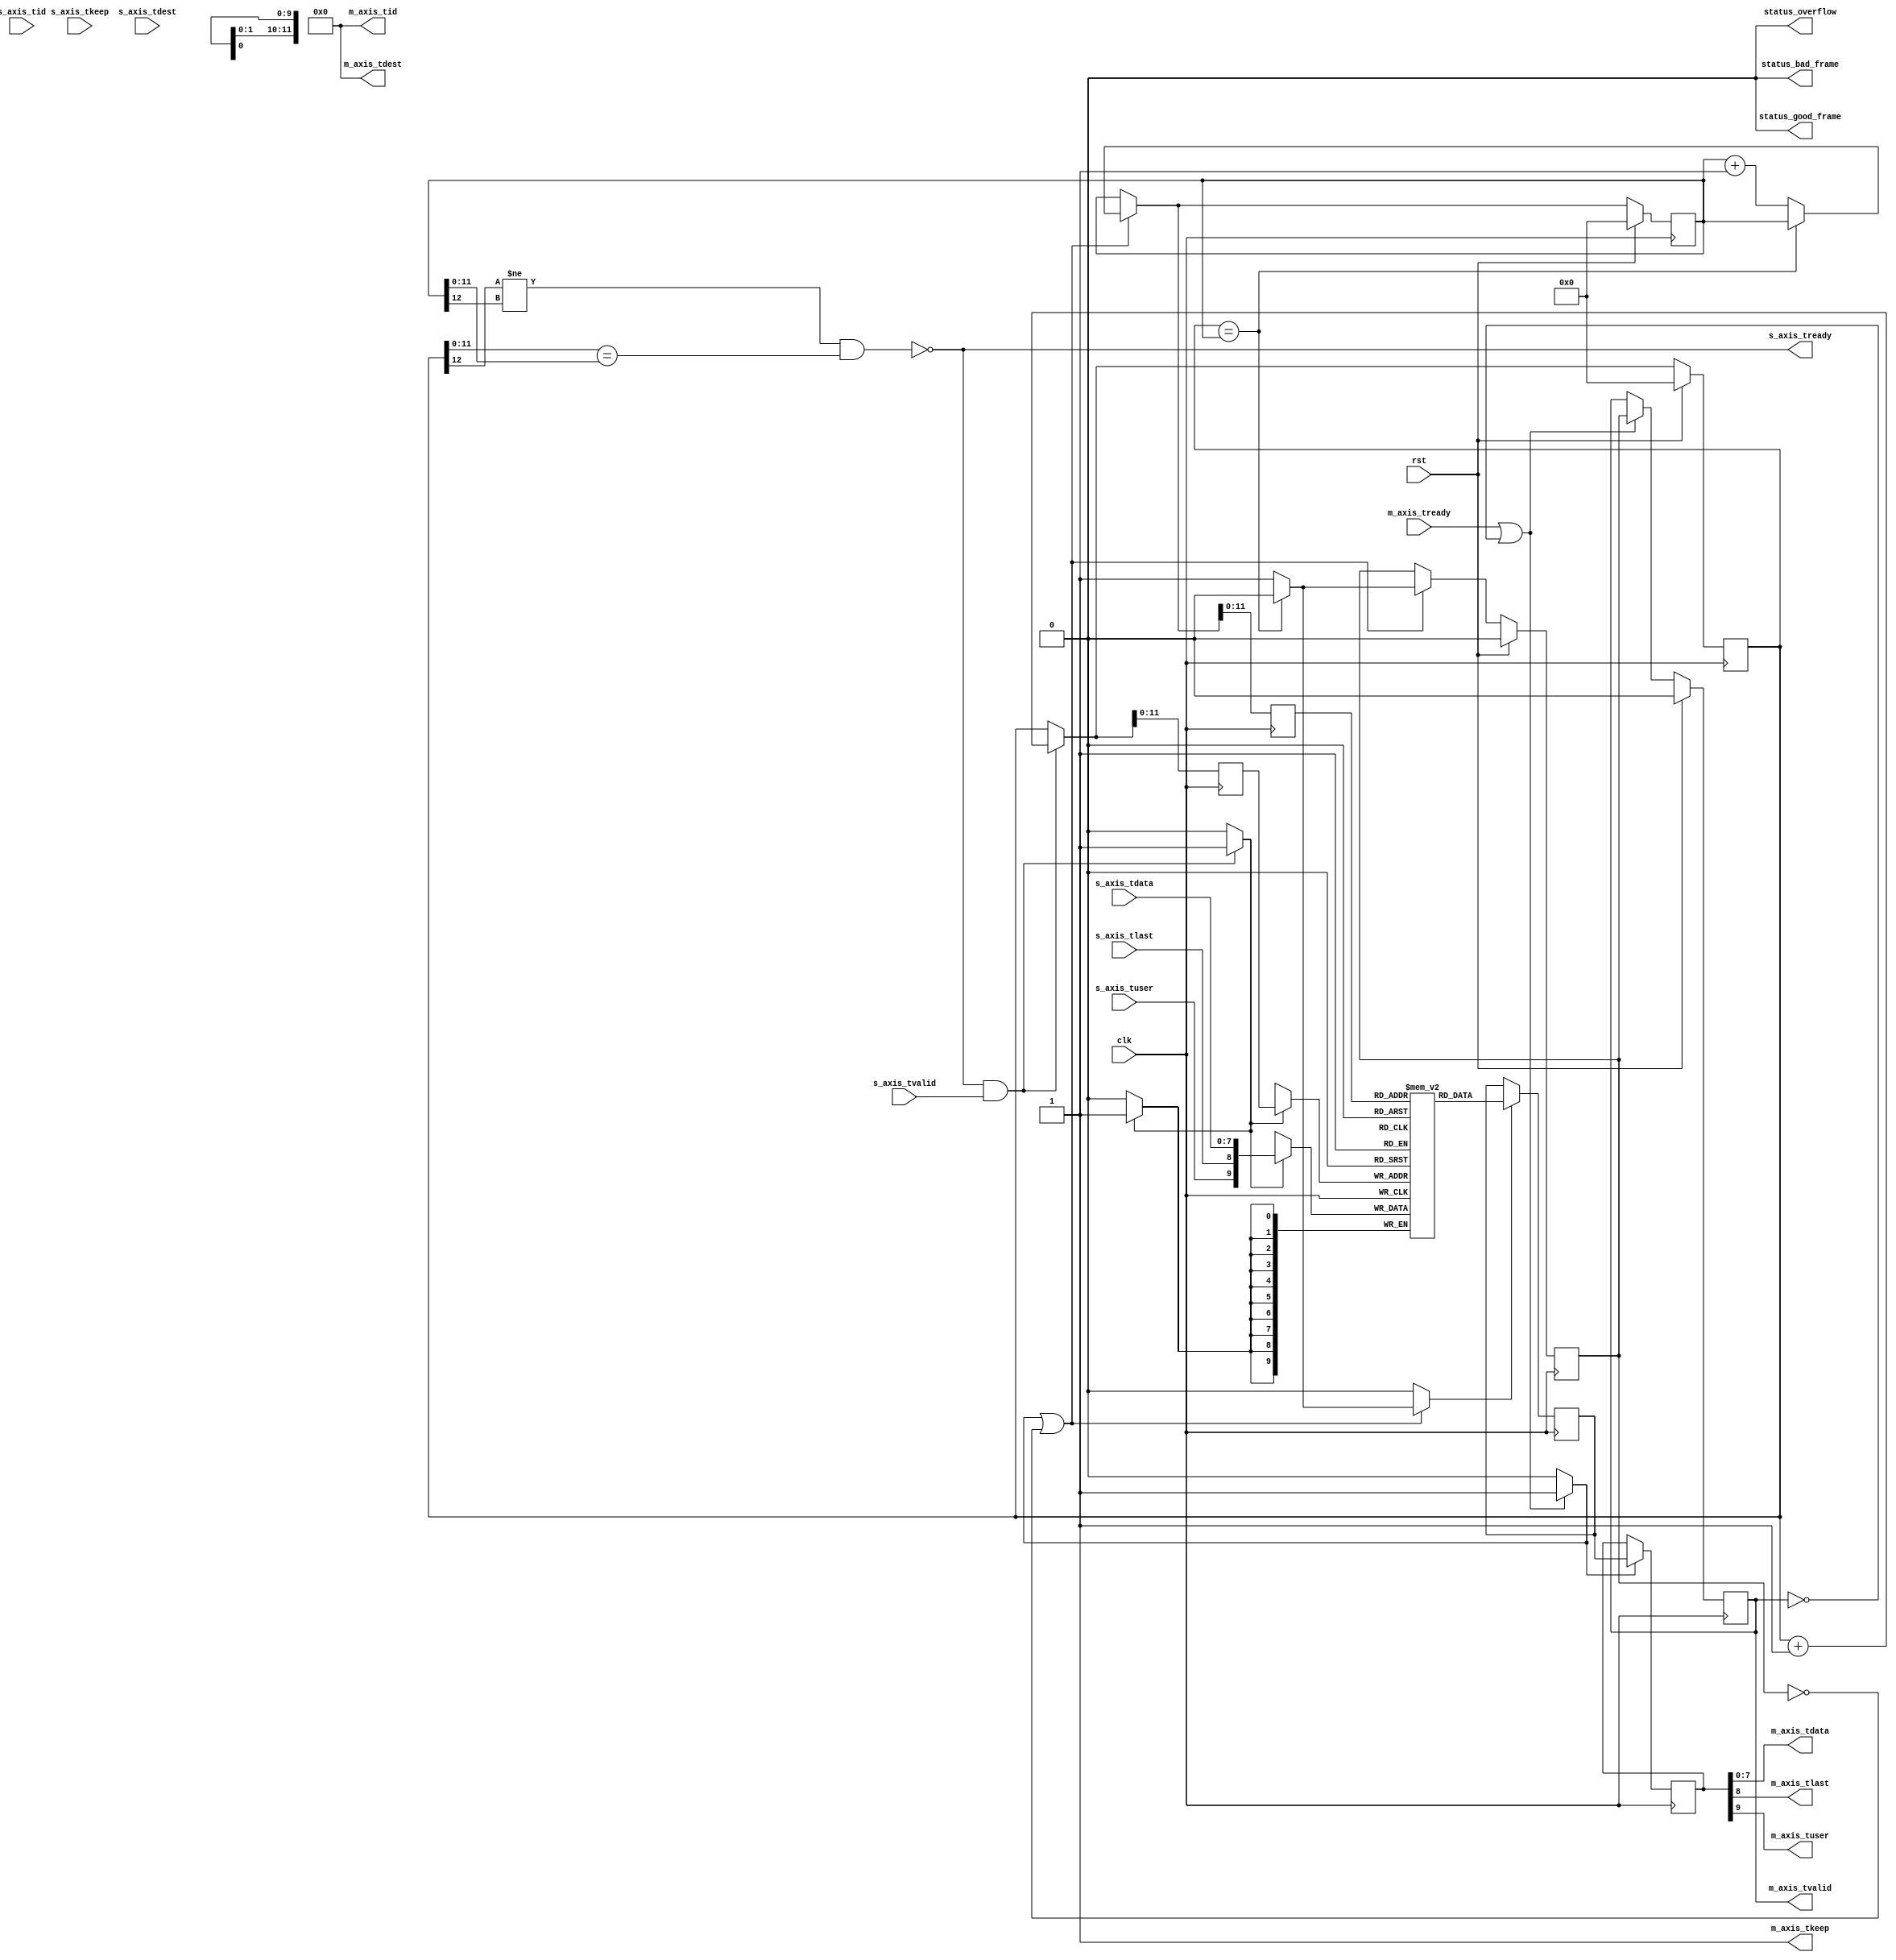
/*

Copyright (c) 2013-2018 Alex Forencich

Permission is hereby granted, free of charge, to any person obtaining a copy
of this software and associated documentation files (the "Software"), to deal
in the Software without restriction, including without limitation the rights
to use, copy, modify, merge, publish, distribute, sublicense, and/or sell
copies of the Software, and to permit persons to whom the Software is
furnished to do so, subject to the following conditions:

The above copyright notice and this permission notice shall be included in
all copies or substantial portions of the Software.

THE SOFTWARE IS PROVIDED "AS IS", WITHOUT WARRANTY OF ANY KIND, EXPRESS OR
IMPLIED, INCLUDING BUT NOT LIMITED TO THE WARRANTIES OF MERCHANTABILITY
FITNESS FOR A PARTICULAR PURPOSE AND NONINFRINGEMENT. IN NO EVENT SHALL THE
AUTHORS OR COPYRIGHT HOLDERS BE LIABLE FOR ANY CLAIM, DAMAGES OR OTHER
LIABILITY, WHETHER IN AN ACTION OF CONTRACT, TORT OR OTHERWISE, ARISING FROM,
OUT OF OR IN CONNECTION WITH THE SOFTWARE OR THE USE OR OTHER DEALINGS IN
THE SOFTWARE.

*/

// Language: Verilog 2001

`timescale 1ns / 1ps

/*
 * AXI4-Stream FIFO
 */
module axis_fifo #
(
    // FIFO depth in words
    // KEEP_WIDTH words per cycle if KEEP_ENABLE set
    // Rounded up to nearest power of 2 cycles
    parameter DEPTH = 4096,
    // Width of AXI stream interfaces in bits
    parameter DATA_WIDTH = 8,
    // Propagate tkeep signal
    // If disabled, tkeep assumed to be 1'b1
    parameter KEEP_ENABLE = (DATA_WIDTH>8),
    // tkeep signal width (words per cycle)
    parameter KEEP_WIDTH = (DATA_WIDTH/8),
    // Propagate tlast signal
    parameter LAST_ENABLE = 1,
    // Propagate tid signal
    parameter ID_ENABLE = 0,
    // tid signal width
    parameter ID_WIDTH = 8,
    // Propagate tdest signal
    parameter DEST_ENABLE = 0,
    // tdest signal width
    parameter DEST_WIDTH = 8,
    // Propagate tuser signal
    parameter USER_ENABLE = 1,
    // tuser signal width
    parameter USER_WIDTH = 1,
    // Frame FIFO mode - operate on frames instead of cycles
    // When set, m_axis_tvalid will not be deasserted within a frame
    // Requires LAST_ENABLE set
    parameter FRAME_FIFO = 0,
    // tuser value for bad frame marker
    parameter USER_BAD_FRAME_VALUE = 1'b1,
    // tuser mask for bad frame marker
    parameter USER_BAD_FRAME_MASK = 1'b1,
    // Drop frames marked bad
    // Requires FRAME_FIFO set
    parameter DROP_BAD_FRAME = 0,
    // Drop incoming frames when full
    // When set, s_axis_tready is always asserted
    // Requires FRAME_FIFO set
    parameter DROP_WHEN_FULL = 0
)
(
    input  wire                   clk,
    input  wire                   rst,

    /*
     * AXI input
     */
    input  wire [DATA_WIDTH-1:0]  s_axis_tdata,
    input  wire [KEEP_WIDTH-1:0]  s_axis_tkeep,
    input  wire                   s_axis_tvalid,
    output wire                   s_axis_tready,
    input  wire                   s_axis_tlast,
    input  wire [ID_WIDTH-1:0]    s_axis_tid,
    input  wire [DEST_WIDTH-1:0]  s_axis_tdest,
    input  wire [USER_WIDTH-1:0]  s_axis_tuser,

    /*
     * AXI output
     */
    output wire [DATA_WIDTH-1:0]  m_axis_tdata,
    output wire [KEEP_WIDTH-1:0]  m_axis_tkeep,
    output wire                   m_axis_tvalid,
    input  wire                   m_axis_tready,
    output wire                   m_axis_tlast,
    output wire [ID_WIDTH-1:0]    m_axis_tid,
    output wire [DEST_WIDTH-1:0]  m_axis_tdest,
    output wire [USER_WIDTH-1:0]  m_axis_tuser,

    /*
     * Status
     */
    output wire                   status_overflow,
    output wire                   status_bad_frame,
    output wire                   status_good_frame
);

parameter ADDR_WIDTH = (KEEP_ENABLE && KEEP_WIDTH > 1) ? $clog2(DEPTH/KEEP_WIDTH) : $clog2(DEPTH);

// check configuration
initial begin
    if (FRAME_FIFO && !LAST_ENABLE) begin
        $error("Error: FRAME_FIFO set requires LAST_ENABLE set (instance %m)");
        $finish;
    end

    if (DROP_BAD_FRAME && !FRAME_FIFO) begin
        $error("Error: DROP_BAD_FRAME set requires FRAME_FIFO set (instance %m)");
        $finish;
    end

    if (DROP_WHEN_FULL && !FRAME_FIFO) begin
        $error("Error: DROP_WHEN_FULL set requires FRAME_FIFO set (instance %m)");
        $finish;
    end

    if (DROP_BAD_FRAME && (USER_BAD_FRAME_MASK & {USER_WIDTH{1'b1}}) == 0) begin
        $error("Error: Invalid USER_BAD_FRAME_MASK value (instance %m)");
        $finish;
    end
end

localparam KEEP_OFFSET = DATA_WIDTH;
localparam LAST_OFFSET = KEEP_OFFSET + (KEEP_ENABLE ? KEEP_WIDTH : 0);
localparam ID_OFFSET   = LAST_OFFSET + (LAST_ENABLE ? 1          : 0);
localparam DEST_OFFSET = ID_OFFSET   + (ID_ENABLE   ? ID_WIDTH   : 0);
localparam USER_OFFSET = DEST_OFFSET + (DEST_ENABLE ? DEST_WIDTH : 0);
localparam WIDTH       = USER_OFFSET + (USER_ENABLE ? USER_WIDTH : 0);

reg [ADDR_WIDTH:0] wr_ptr_reg = {ADDR_WIDTH+1{1'b0}}, wr_ptr_next;
reg [ADDR_WIDTH:0] wr_ptr_cur_reg = {ADDR_WIDTH+1{1'b0}}, wr_ptr_cur_next;
reg [ADDR_WIDTH:0] wr_addr_reg = {ADDR_WIDTH+1{1'b0}};
reg [ADDR_WIDTH:0] rd_ptr_reg = {ADDR_WIDTH+1{1'b0}}, rd_ptr_next;
reg [ADDR_WIDTH:0] rd_addr_reg = {ADDR_WIDTH+1{1'b0}};

reg [WIDTH-1:0] mem[(2**ADDR_WIDTH)-1:0];
reg [WIDTH-1:0] mem_read_data_reg;
reg mem_read_data_valid_reg = 1'b0, mem_read_data_valid_next;

wire [WIDTH-1:0] s_axis;

reg [WIDTH-1:0] m_axis_reg;
reg m_axis_tvalid_reg = 1'b0, m_axis_tvalid_next;

// full when first MSB different but rest same
wire full = ((wr_ptr_reg[ADDR_WIDTH] != rd_ptr_reg[ADDR_WIDTH]) &&
             (wr_ptr_reg[ADDR_WIDTH-1:0] == rd_ptr_reg[ADDR_WIDTH-1:0]));
wire full_cur = ((wr_ptr_cur_reg[ADDR_WIDTH] != rd_ptr_reg[ADDR_WIDTH]) &&
                 (wr_ptr_cur_reg[ADDR_WIDTH-1:0] == rd_ptr_reg[ADDR_WIDTH-1:0]));
// empty when pointers match exactly
wire empty = wr_ptr_reg == rd_ptr_reg;
// overflow within packet
wire full_wr = ((wr_ptr_reg[ADDR_WIDTH] != wr_ptr_cur_reg[ADDR_WIDTH]) &&
                (wr_ptr_reg[ADDR_WIDTH-1:0] == wr_ptr_cur_reg[ADDR_WIDTH-1:0]));

// control signals
reg write;
reg read;
reg store_output;

reg drop_frame_reg = 1'b0, drop_frame_next;
reg overflow_reg = 1'b0, overflow_next;
reg bad_frame_reg = 1'b0, bad_frame_next;
reg good_frame_reg = 1'b0, good_frame_next;

assign s_axis_tready = FRAME_FIFO ? (!full_cur || full_wr || DROP_WHEN_FULL) : !full;

generate
    assign s_axis[DATA_WIDTH-1:0] = s_axis_tdata;
    if (KEEP_ENABLE) assign s_axis[KEEP_OFFSET +: KEEP_WIDTH] = s_axis_tkeep;
    if (LAST_ENABLE) assign s_axis[LAST_OFFSET]               = s_axis_tlast;
    if (ID_ENABLE)   assign s_axis[ID_OFFSET   +: ID_WIDTH]   = s_axis_tid;
    if (DEST_ENABLE) assign s_axis[DEST_OFFSET +: DEST_WIDTH] = s_axis_tdest;
    if (USER_ENABLE) assign s_axis[USER_OFFSET +: USER_WIDTH] = s_axis_tuser;
endgenerate

assign m_axis_tvalid = m_axis_tvalid_reg;

assign m_axis_tdata = m_axis_reg[DATA_WIDTH-1:0];
assign m_axis_tkeep = KEEP_ENABLE ? m_axis_reg[KEEP_OFFSET +: KEEP_WIDTH] : {KEEP_WIDTH{1'b1}};
assign m_axis_tlast = LAST_ENABLE ? m_axis_reg[LAST_OFFSET]               : 1'b1;
assign m_axis_tid   = ID_ENABLE   ? m_axis_reg[ID_OFFSET   +: ID_WIDTH]   : {ID_WIDTH{1'b0}};
assign m_axis_tdest = DEST_ENABLE ? m_axis_reg[DEST_OFFSET +: DEST_WIDTH] : {DEST_WIDTH{1'b0}};
assign m_axis_tuser = USER_ENABLE ? m_axis_reg[USER_OFFSET +: USER_WIDTH] : {USER_WIDTH{1'b0}};

assign status_overflow = overflow_reg;
assign status_bad_frame = bad_frame_reg;
assign status_good_frame = good_frame_reg;

// Write logic
always @* begin
    write = 1'b0;

    drop_frame_next = 1'b0;
    overflow_next = 1'b0;
    bad_frame_next = 1'b0;
    good_frame_next = 1'b0;

    wr_ptr_next = wr_ptr_reg;
    wr_ptr_cur_next = wr_ptr_cur_reg;

    if (s_axis_tready && s_axis_tvalid) begin
        // transfer in
        if (!FRAME_FIFO) begin
            // normal FIFO mode
            write = 1'b1;
            wr_ptr_next = wr_ptr_reg + 1;
        end else if (full_cur || full_wr || drop_frame_reg) begin
            // full, packet overflow, or currently dropping frame
            // drop frame
            drop_frame_next = 1'b1;
            if (s_axis_tlast) begin
                // end of frame, reset write pointer
                wr_ptr_cur_next = wr_ptr_reg;
                drop_frame_next = 1'b0;
                overflow_next = 1'b1;
            end
        end else begin
            write = 1'b1;
            wr_ptr_cur_next = wr_ptr_cur_reg + 1;
            if (s_axis_tlast) begin
                // end of frame
                if (DROP_BAD_FRAME && USER_BAD_FRAME_MASK & ~(s_axis_tuser ^ USER_BAD_FRAME_VALUE)) begin
                    // bad packet, reset write pointer
                    wr_ptr_cur_next = wr_ptr_reg;
                    bad_frame_next = 1'b1;
                end else begin
                    // good packet, update write pointer
                    wr_ptr_next = wr_ptr_cur_reg + 1;
                    good_frame_next = 1'b1;
                end
            end
        end
    end
end

always @(posedge clk) begin
    if (rst) begin
        wr_ptr_reg <= {ADDR_WIDTH+1{1'b0}};
        wr_ptr_cur_reg <= {ADDR_WIDTH+1{1'b0}};

        drop_frame_reg <= 1'b0;
        overflow_reg <= 1'b0;
        bad_frame_reg <= 1'b0;
        good_frame_reg <= 1'b0;
    end else begin
        wr_ptr_reg <= wr_ptr_next;
        wr_ptr_cur_reg <= wr_ptr_cur_next;

        drop_frame_reg <= drop_frame_next;
        overflow_reg <= overflow_next;
        bad_frame_reg <= bad_frame_next;
        good_frame_reg <= good_frame_next;
    end

    if (FRAME_FIFO) begin
        wr_addr_reg <= wr_ptr_cur_next;
    end else begin
        wr_addr_reg <= wr_ptr_next;
    end

    if (write) begin
        mem[wr_addr_reg[ADDR_WIDTH-1:0]] <= s_axis;
    end
end

// Read logic
always @* begin
    read = 1'b0;

    rd_ptr_next = rd_ptr_reg;

    mem_read_data_valid_next = mem_read_data_valid_reg;

    if (store_output || !mem_read_data_valid_reg) begin
        // output data not valid OR currently being transferred
        if (!empty) begin
            // not empty, perform read
            read = 1'b1;
            mem_read_data_valid_next = 1'b1;
            rd_ptr_next = rd_ptr_reg + 1;
        end else begin
            // empty, invalidate
            mem_read_data_valid_next = 1'b0;
        end
    end
end

always @(posedge clk) begin
    if (rst) begin
        rd_ptr_reg <= {ADDR_WIDTH+1{1'b0}};
        mem_read_data_valid_reg <= 1'b0;
    end else begin
        rd_ptr_reg <= rd_ptr_next;
        mem_read_data_valid_reg <= mem_read_data_valid_next;
    end

    rd_addr_reg <= rd_ptr_next;

    if (read) begin
        mem_read_data_reg <= mem[rd_addr_reg[ADDR_WIDTH-1:0]];
    end
end

// Output register
always @* begin
    store_output = 1'b0;

    m_axis_tvalid_next = m_axis_tvalid_reg;

    if (m_axis_tready || !m_axis_tvalid) begin
        store_output = 1'b1;
        m_axis_tvalid_next = mem_read_data_valid_reg;
    end
end

always @(posedge clk) begin
    if (rst) begin
        m_axis_tvalid_reg <= 1'b0;
    end else begin
        m_axis_tvalid_reg <= m_axis_tvalid_next;
    end

    if (store_output) begin
        m_axis_reg <= mem_read_data_reg;
    end
end

endmodule